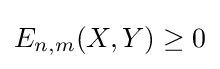
E_{n,m}(X,Y)\geq 0